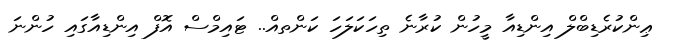
ޢިންކުރެޑިބްލް އިންޑިއާ މީހުން ކުރާނެ ތިހަކަލަހަ ކަންތއް.. ޓައިމްސް އޮފް އިންޑިއާގައި ހުންނަ